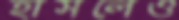
হাসলেও